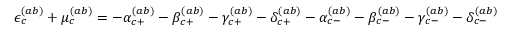
\begin{array} { r } { \epsilon _ { c } ^ { ( a b ) } + \mu _ { c } ^ { ( a b ) } = - \alpha _ { c + } ^ { ( a b ) } - \beta _ { c + } ^ { ( a b ) } - \gamma _ { c + } ^ { ( a b ) } - \delta _ { c + } ^ { ( a b ) } - \alpha _ { c - } ^ { ( a b ) } - \beta _ { c - } ^ { ( a b ) } - \gamma _ { c - } ^ { ( a b ) } - \delta _ { c - } ^ { ( a b ) } } \end{array}